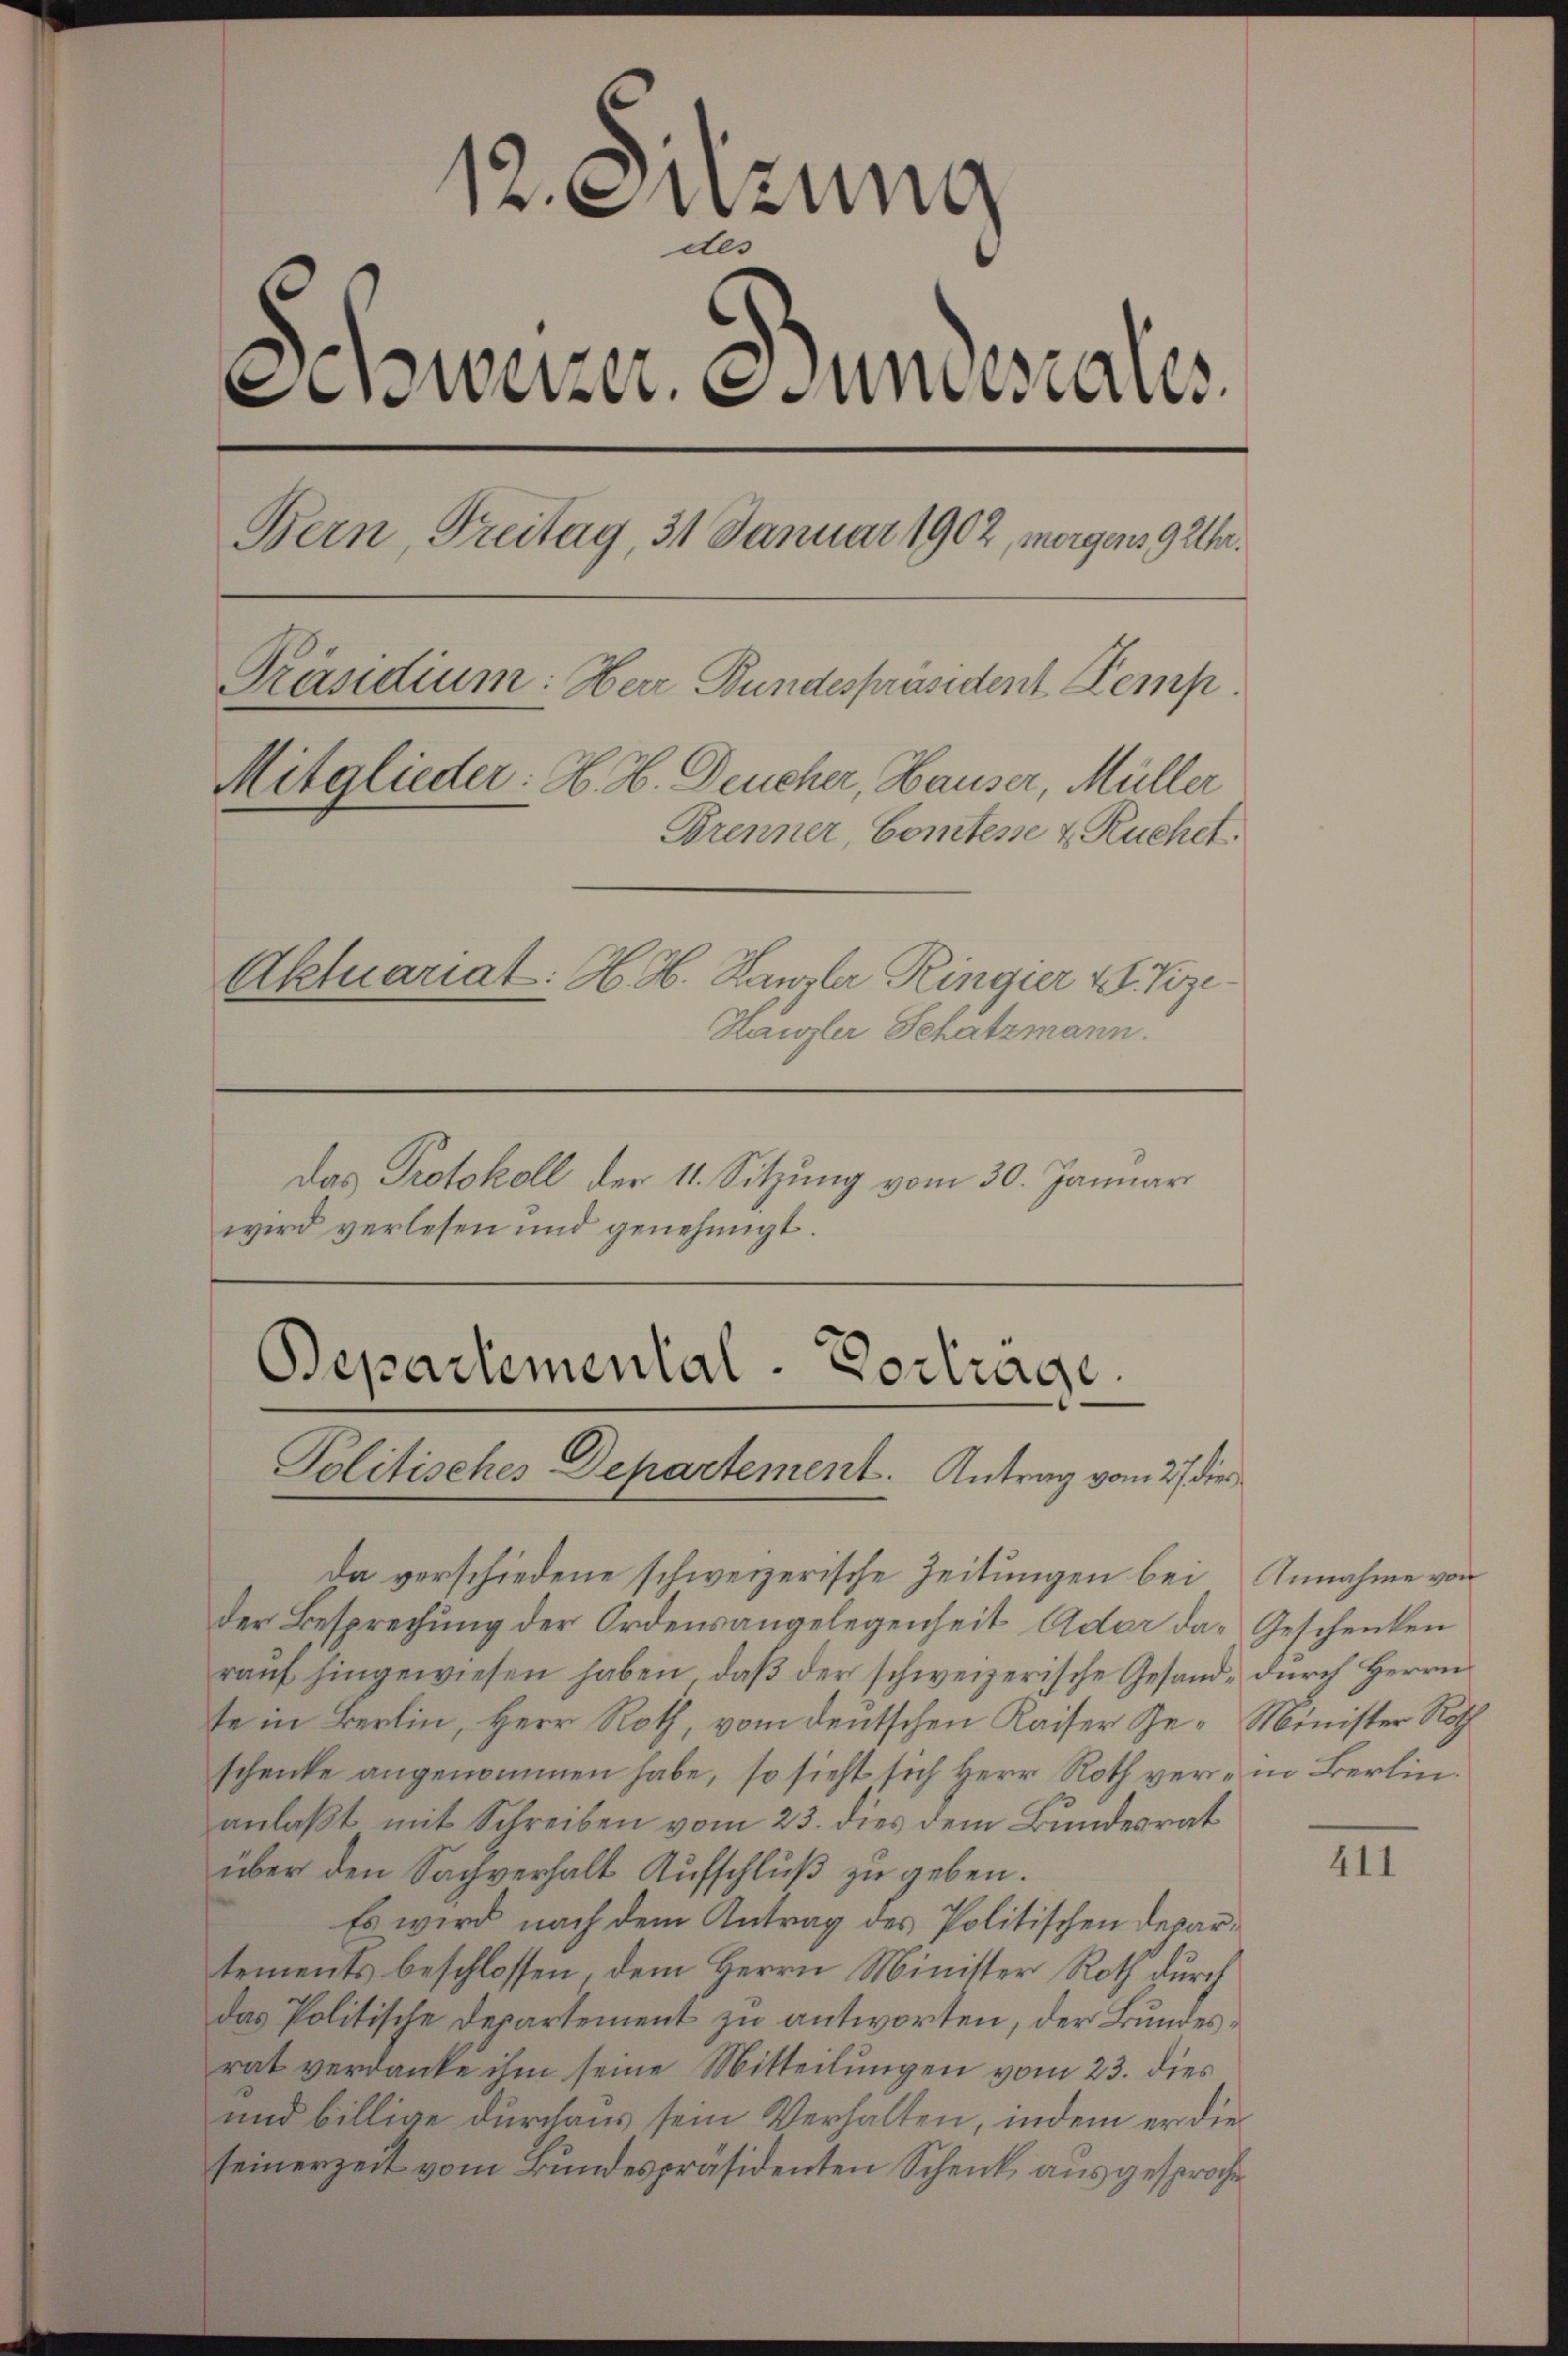
Das Protokoll der 11. Sitzung vom 30. Januar
wird verlesen und genehmigt.

12. Sitzung
des
Schweizer. Stundesaus
Bern, Freitag, 31 Januar 1902, morgens 9 Uhr¬
Präsidium: Herr Bundespräsident Kemp
Mitglieder: H. H. Deucher, Hauser, Müller
Brenner, Comtesse & Ruchet.
Aktuariat: H. H. Kanzler Ringier v. Vize
Hangler Schatzmann.

der Besprechung der Ordensangelegenheit Ader das Geschenken
raŭf hingewiesen haben, daβ der schweizerische Gesand- dŭrch Herrn
te in Berlin, Herr Roth, vom deutschen Kaiser Ge- Minister Roth
schenke angenommen habe, so sieht sich Herr Roth verein Berlin
anlaßt mit Schreiben vom 23. dies dem Bundesrat
über den Sachverhalt Aufschluß zu geben.
Es wird nach dem Antrag des Politischen Departements beschlossen, dem Herrn Minister Roth durch
das Politische Departement zu antworten, der Bundesrat verdanke ihm seine Mitteilungen vom 23. dies
und billige durchaus sein Verhalten, indem er die
seinerzeit vom Bundespräsidenten Schenk, ausgesproche

Departemental-Vortrage
Politisches Departement. Antrag vom 27. die
Da verschiedene schweizerische Zeitungen bei

Annahme von

411